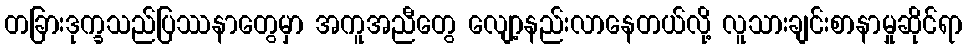
တခြားဒုက္ခသည်ပြဿနာတွေမှာ အကူအညီတွေ လျော့နည်းလာနေတယ်လို့ လူသားချင်းစာနာမှုဆိုင်ရာ